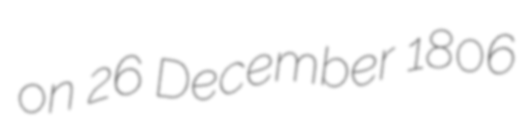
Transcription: on 26 December 1806